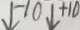
\downarrow - 1 0 \downarrow + 1 0